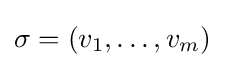
\sigma =(v_{1},\dots ,v_{m})